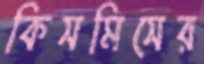
কিসমিসের